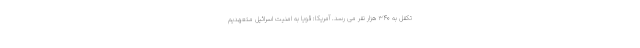
تکفل به ۳۴۰ هزار نفر می رسد. آمریکا: قویاً به امنیت اسرائیل متعهدیم